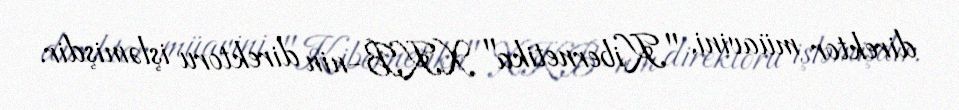
direktor müavini, "Kibernetika" XKB-nin direktoru işləmişdir.